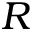
R